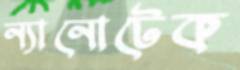
ন্যানোটেক